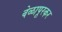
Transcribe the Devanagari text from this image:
वेळापूरकर